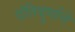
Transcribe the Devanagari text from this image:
दंतिदुर्गाने